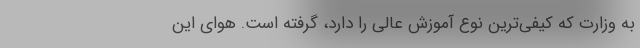
به وزارت که کیفی‌ترین نوع آموزش عالی را دارد، گرفته است. هوای این